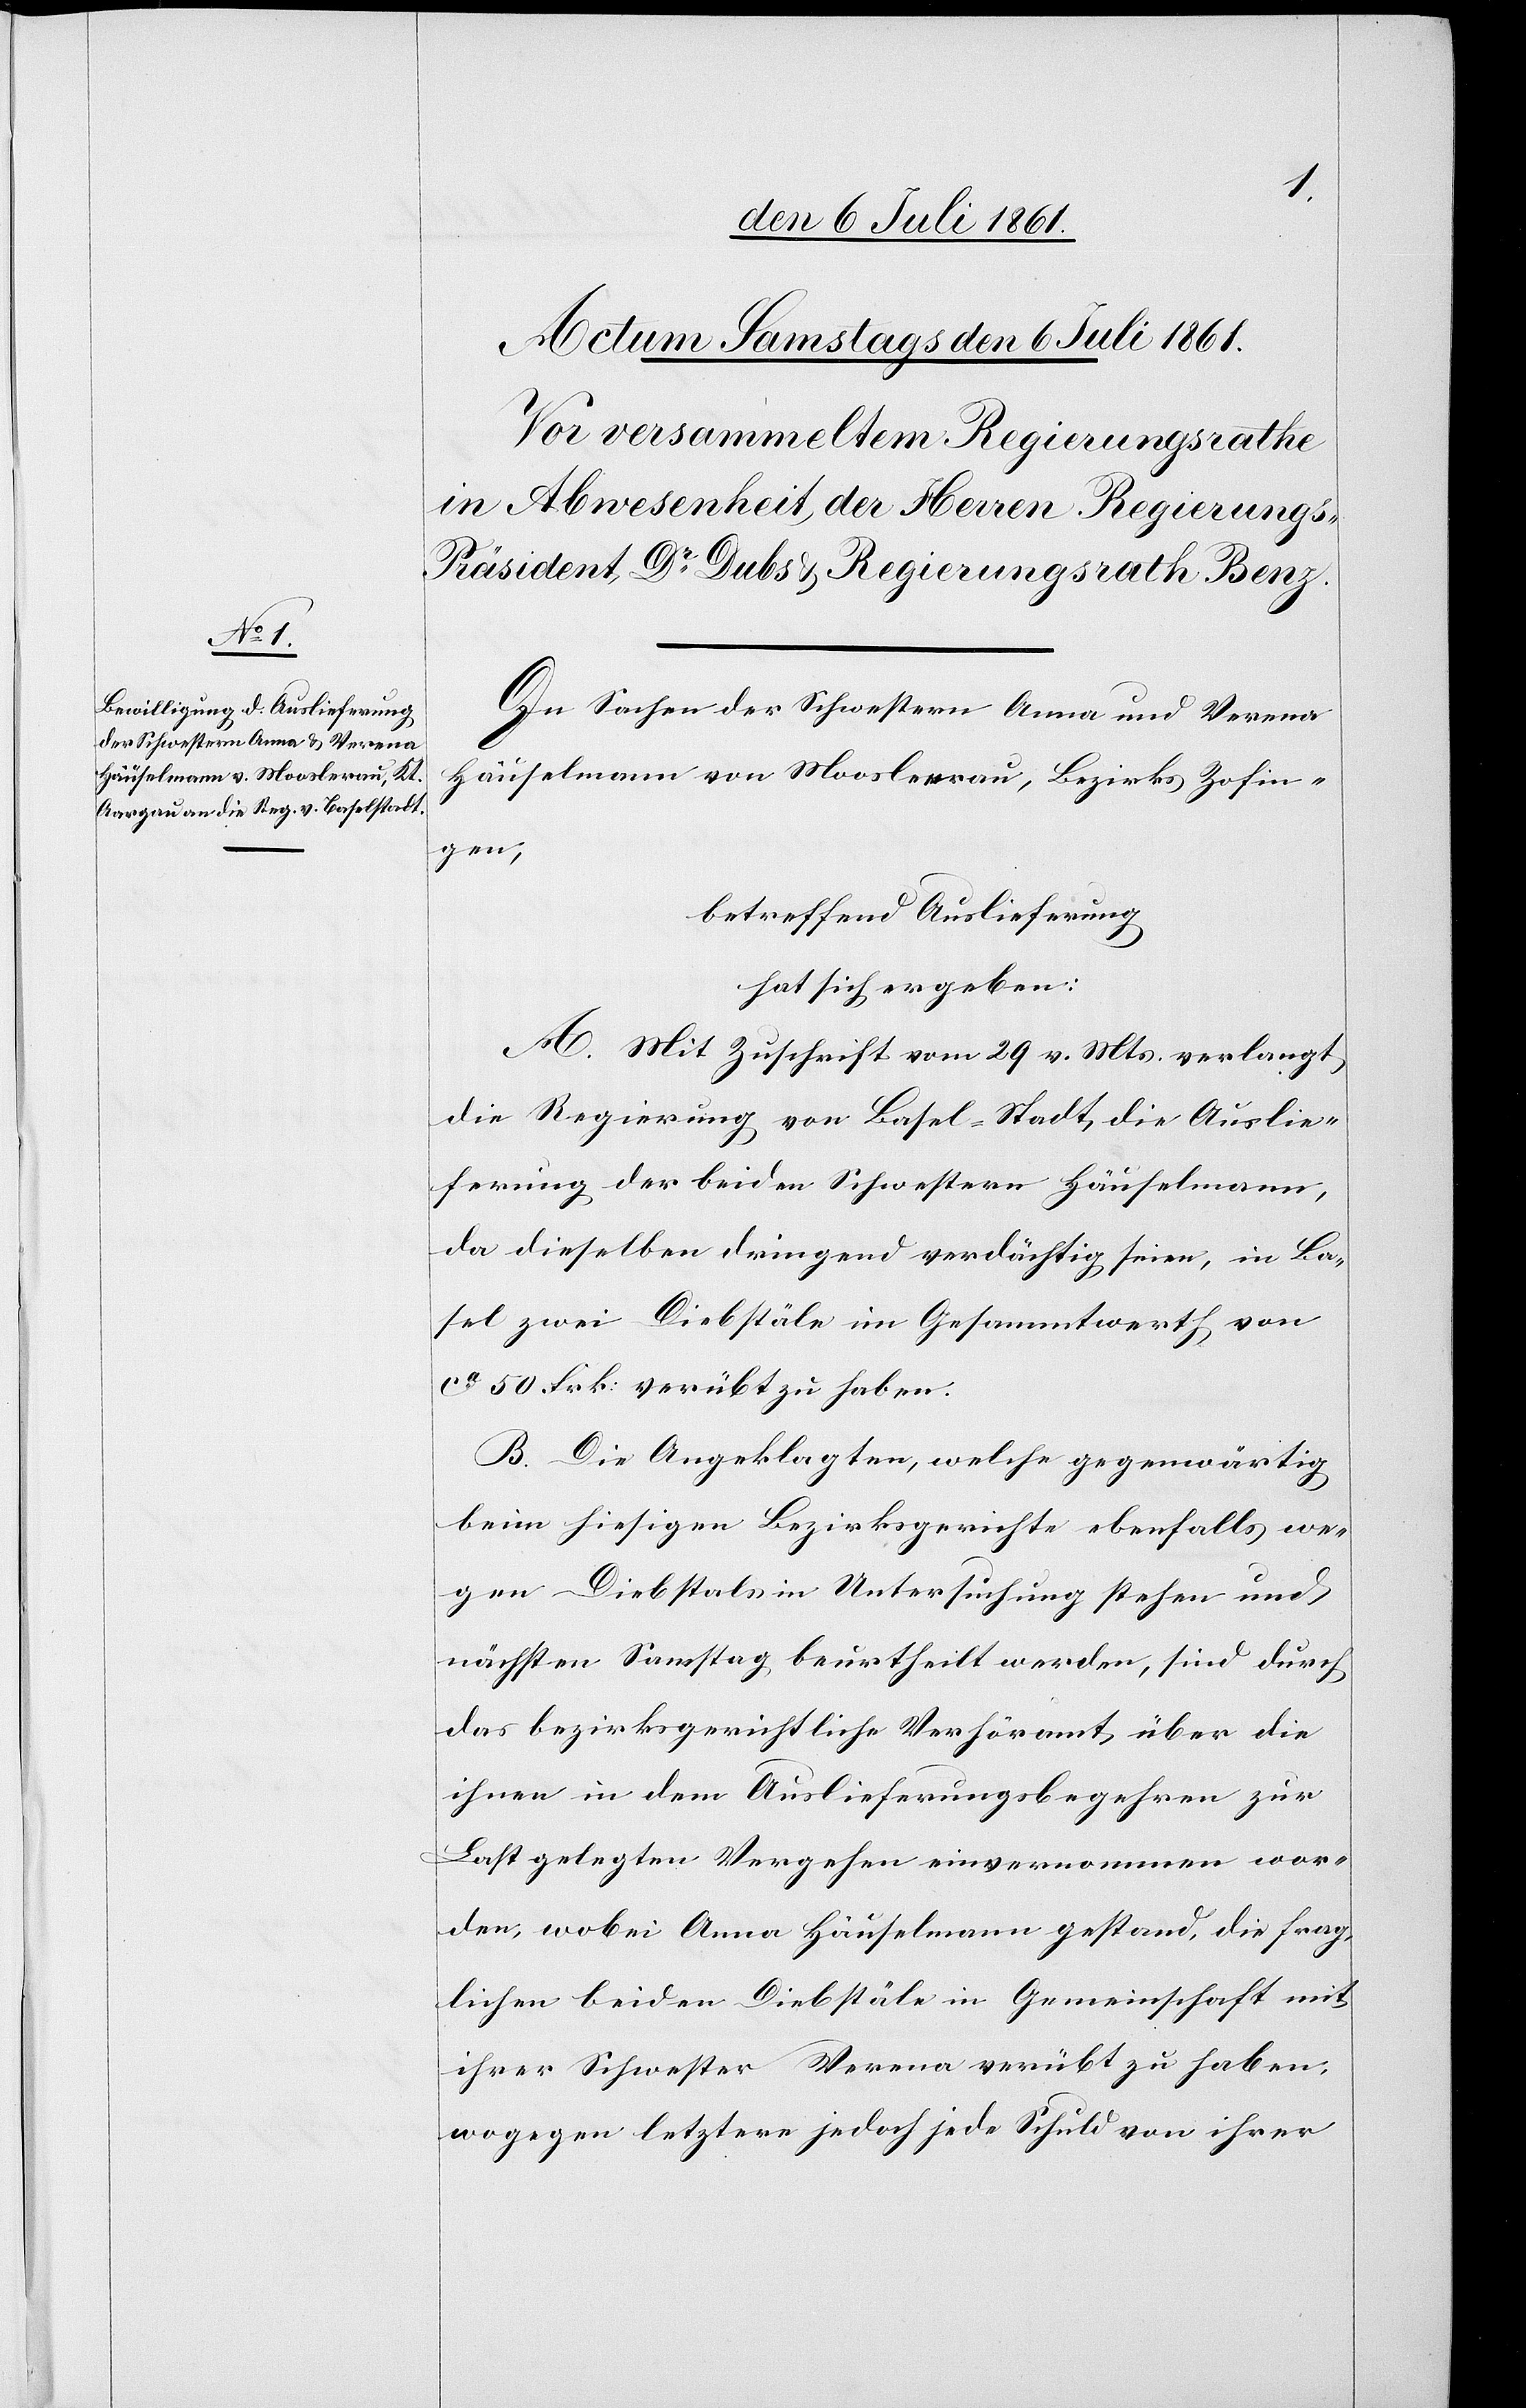
In Sachen der Schwestern Anna und Verena
Häuselmann von Mooslerau, Bezirks Zofin¬
gen,
betreffend Auslieferung
hat sich ergeben:
A. Mit Zuschrift vom 29 v. Mts. verlangt
die Regierung von Basel-Stadt, die Auslie¬
ferung der beiden Schwestern Häuselmann,
da dieselben dringend verdächtig seien, in Ba¬
sel zwei Diebstäle im Gesammtwerth von
ca 50 Frk. verübt zu haben.
B. Die Angeklagten, welche gegenwärtig
beim hiesigen Bezirksgerichte ebenfalls we¬
gen Diebstals in Untersuchung stehen und
nächsten Samstag beurtheilt wurden, sind durch
das bezirksgerichtliche Verhöramt, über die
ihnen in dem Auslieferungsbegehren zur
Last gelegten Vergehen einvernommen wor¬
den, wobei Anna Häuselmann gestand, die frag¬
lichen beiden Diebstäle in Gemeinschaft mit
ihrer Schwester Verena verübt zu haben,
wogegen letztere jedoch jede Schuld von ihrer